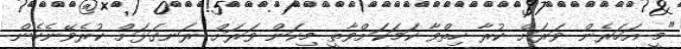
"މީ އަހަރެން ވަރަށް ކުރާ ހިތްވާ ކަމަކަށްވާތީ މިކަން ވަރަށް ރަނގަޅަށް ކުރެވޭނެހެން